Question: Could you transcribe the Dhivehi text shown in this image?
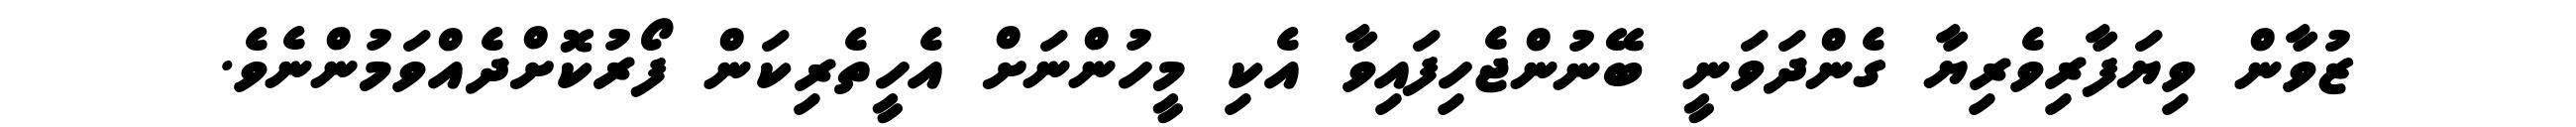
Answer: ޒުވާން ވިޔަފާރިވެރިޔާ ގެންދަވަނީ ބޭނުންޖެހިފައިވާ އެކި މީހުންނަށް އެހީތެރިކަން ފޯރުކޮށްދެއްވަމުންނެވެ.